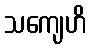
သကျေဟိ